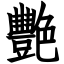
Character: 艷